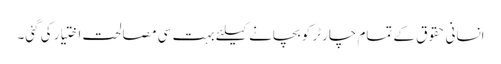
انسانی حقوق کے تمام چارٹر کو بچانے کیلئے بہت سی مصالحت اختیار کی گئی۔